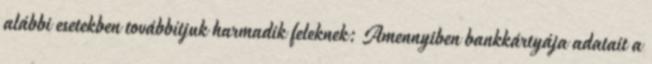
alábbi esetekben továbbítjuk harmadik feleknek: Amennyiben bankkártyája adatait a